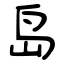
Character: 岛